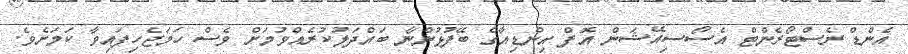
އެންޑް ރެސްޓޯރެންޓް އެސޯސިއޭޝަން އޮފް އިންޑިއާގެ ބޭފުޅުންނާ ބައްދަލުކުރެއްވުމަށް ވެސް ހަމަޖެހިފައިވާ ކަމަށެވެ.